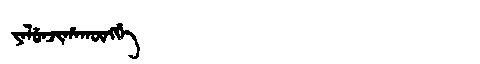
Manchu: ᠶᠠᠯᡠᠨᠵᡳᡥᠠᡴᡡᠩᡤᡝ
Romanization: YALUNJIHAKŪNGGE